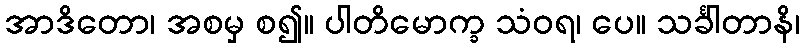
အာဒိတော၊ အစမှ စ၍။ ပါတိမောက္ခ သံဝရ၊ ပေ။ သင်္ခါတာနိ၊